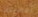
أعطيتك